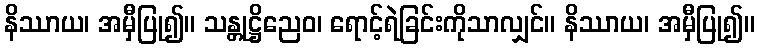
နိဿာယ၊ အမှီပြု၍။ သန္တုဋ္ဌိညေဝ၊ ရောင့်ရဲခြင်းကိုသာလျှင်။ နိဿာယ၊ အမှီပြု၍။